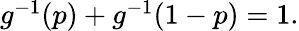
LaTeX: \begin{array}{r}{g^{-1}(p)+g^{-1}(1-p)=1.}\end{array}